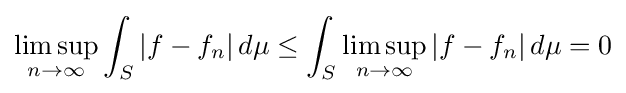
\limsup _{n\to \infty }\int _{S}|f-f_{n}|\,d\mu \leq \int _{S}\limsup _{n\to \infty }|f-f_{n}|\,d\mu =0